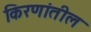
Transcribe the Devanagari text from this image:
किरणांतील